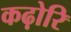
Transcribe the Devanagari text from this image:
कढ़ोरि